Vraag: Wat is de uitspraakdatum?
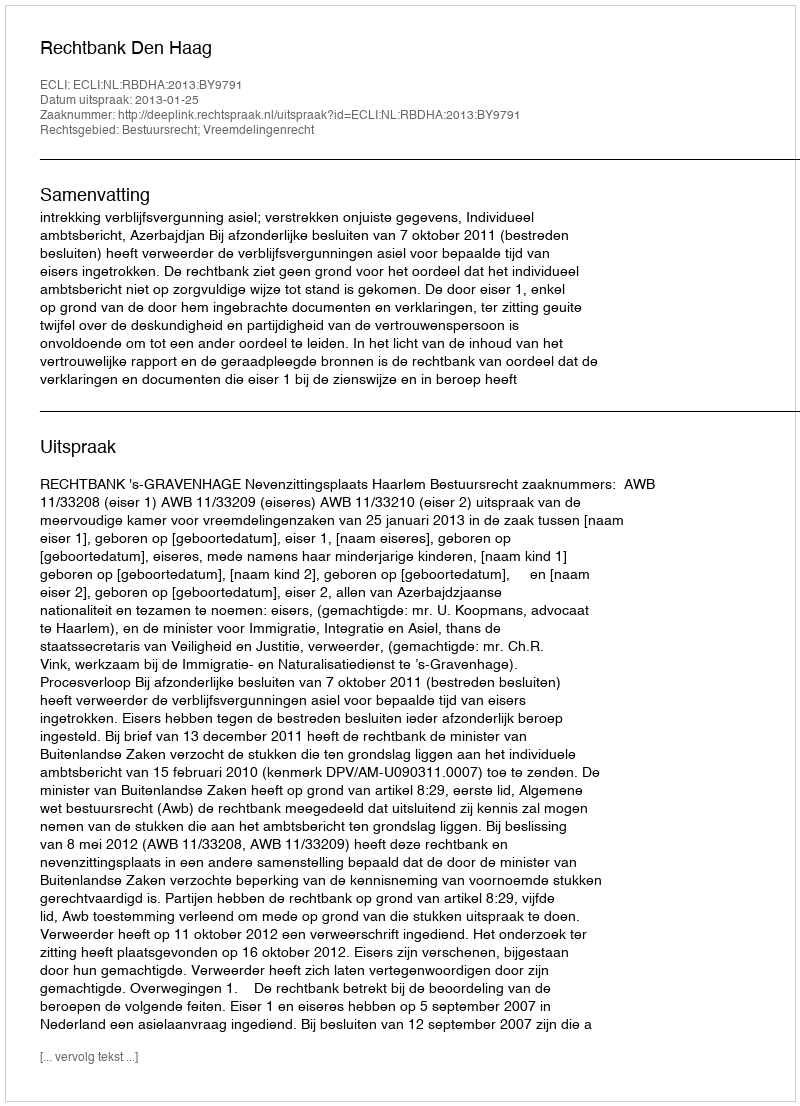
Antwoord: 2013-01-25